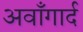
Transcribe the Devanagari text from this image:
अवाँगार्द